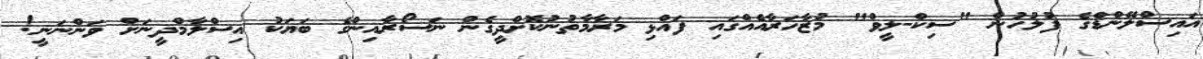
އައިސްލޭންޑްގެ ފުލުހުން "ސިކް-ލީވް" މުޒާހަރާއެއްގައި ފައްޅި މަރާމާތުނުކޮށްދީގެން ނަސޯރާއިންގެ ބަޔަކު އިސްލާމްދީނަށް ވަންނަނީ!